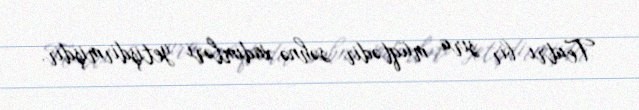
Teatrı bir sıra müqtədir səhnə xadimləri yetişdirmişdir.